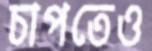
চাপতেও